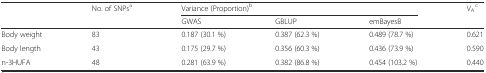
<table><thead><tr><td rowspan="2"></td><td rowspan="2"><b>No. of SNPs<sup>a</sup></b></td><td colspan="3"><b>Variance (Proportion)<sup>b</sup></b></td><td rowspan="2"><b>V<sub>A</sub><sup>c</sup></b></td></tr><tr><td><b>GWAS</b></td><td><b>GBLUP</b></td><td><b>emBayesB</b></td></tr></thead><tbody><tr><td>Body weight</td><td>83</td><td>0.187 (30.1 %)</td><td>0.387 (62.3 %)</td><td>0.489 (78.7 %)</td><td>0.621</td></tr><tr><td>Body length</td><td>43</td><td>0.175 (29.7 %)</td><td>0.356 (60.3 %)</td><td>0.436 (73.9 %)</td><td>0.590</td></tr><tr><td>n-3HUFA</td><td>48</td><td>0.281 (63.9 %)</td><td>0.382 (86.8 %)</td><td>0.454 (103.2 %)</td><td>0.440</td></tr></tbody></table>